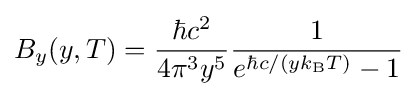
B_{y}(y,T)={\frac {\hbar c^{2}}{4\pi ^{3}y^{5}}}{\frac {1}{e^{\hbar c/(yk_{\mathrm {B} }T)}-1}}